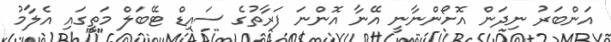
އަންބަރު ނިދަން އޮށޯންނާނީ އޭނާ އޮންނަ ފަރާތުގެ ސައިޑް ޓޭބަލް މަތީގައި އެލާމު